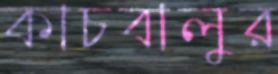
কাচবালুর